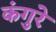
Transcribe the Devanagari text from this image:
कंगुरे